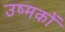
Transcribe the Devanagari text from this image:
उष्मकों